Vaccination in Bombay 1902-1912 - 1902-1912
Year: 1902
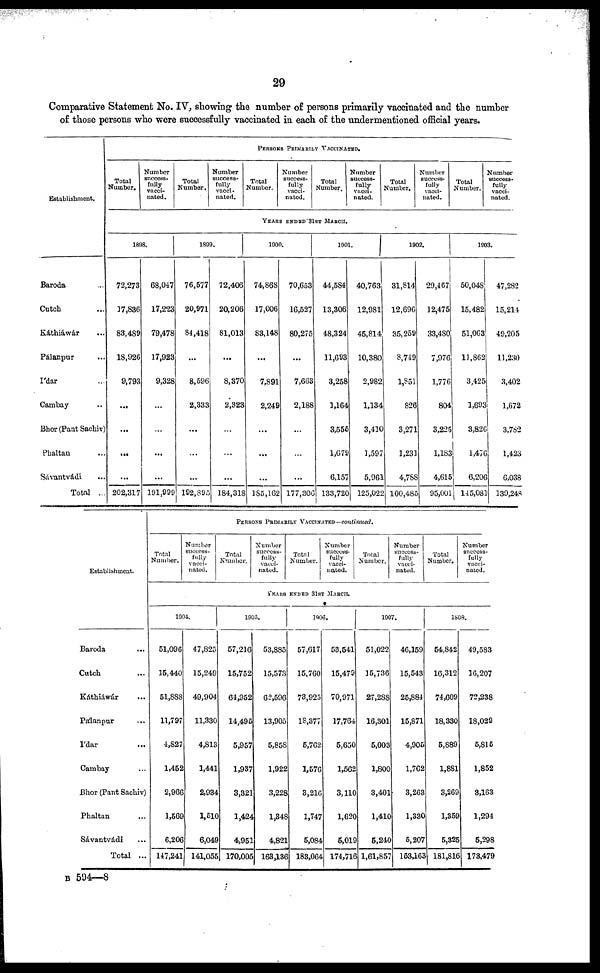
29
Comparative Statement No. IV, showing the number of persons primarily vaccinated and the number
of those persons who were successfully vaccinated in each of the undermentioned official years.
Establishment.
Baroda ...
Cutch ...
Káthiáwár ...
Pálanpur ...
I'dar ...
Cambay ...
Bhor(Pant Sachiv)
Phaltan ...
Sávantvádi ...
Total ...
PERSONS PRIMARILY VACCINATED.
Total
Number.
Number
success-
fully
vacci-
nated.
Total
Number.
Number
success-
fully
vacci-
nated.
Total
Number.
Number
success-
fully
vacci-
nated.
Total
Number.
Number
success-
fully
vacci-
nated.
Total
Number.
Number
success-
fully
vacci-
nated.
Total
Number.
Number
success-
fully
vacci-
nated.
YEARS ENDED 31ST MARCH.
1898.
72,273
17,836
83,489
18,926
9,793
...
...
...
...
202,317
68,047
17,223
79,478
17,923
9,328
...
...
...
...
191,999
1899.
76,577
20,971
84,418
...
8,596
2,833
...
...
...
192,895
72,406
20,206
81,013
...
8,370
2,323
...
...
...
184,318
1900.
74,868
17,006
83,148
...
7,891
2,249
...
...
...
185,162
70,653
16,527
80,275
...
7,663
2,188
...
...
...
177,306
1901.
44,584
13,306
48,324
11,693
3,258
1,164
3,555
1,679
6,157
133,720
40,763
12,981
45,814
10,380
2,982
1,134
3,410
1,597
5,961
125,022
1902.
31,814
12,696
35,259
8,749
1,851
826
3,271
1,231
4,788
100,485
29,467
12,475
33,480
7,976
1,776
804
3,225
1,183
4,615
95,001
1903.
50,048
15,482
51,063
11,862
3,425
1,693
3,826
1,476
6,206
145,081
47,282
15,214
49,205
11,230
3,402
1,672
3,782
1,423
6,038
139,248
Establishment.
Baroda ...
Cutch ...
Káthiáwár ...
Pálanpur ...
I'dar ...
Cambay ...
Bhor (Pant Sachiv)
Phaltan ...
Sávantvádi ...
Total ...
PERSONS PRIMARILY VACCINATED—continued.
Total
Number.
Number
success-
fully
vacci-
nated.
Total
Number.
Number
success-
fully
vacci-
nated.
Total
Number.
Number
success-
fully
vacci-
nated.
Total
Number.
Number
success-
fully
vacci-
nated.
Total
Number.
Number
success¬
fully
vacci-
nated.
YEARS ENDED 31ST MARCH.
1904.
51,096
15,440
51,888
11,797
4,827
1,452
2,966
1,569
6,206
147,241
47,825
15,249
49,904
11,330
4,813
1,441
2,934
1,510
6,049
141,055
1905.
57,216
15,752
64,952
14,495
5,957
1,937
3,321
1,424
4,951
170,005
53,885
15,573
62,596
13,905
5,858
1,922
3,228
1,348
4,821
163,136
1906.
57,617
15,760
73,925
18,377
5,762
1,576
3,216
1,747
5,084
183,064
53,541
15,479
70,971
17,764
5,650
1,562
3,110
1,620
5,019
174,716
1907.
51,022
15,736
27,288
16,301
5,003
1,800
3,401
1,410
5,240
1,61,857
46,159
15,543
25,884
15,871
4,905
1,762
3,263
1,330
5,207
153,163
1908.
54,842
16,312
74,609
18,330
5,889
1,881
3,269
1,359
5,325
181,816
49,583
16,207
72,238
18,029
5,815
1,852
3,163
1,294
5,298
173,479
B 594—8